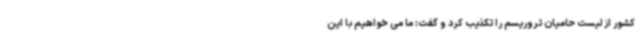
کشور از لیست حامیان تروریسم را تکذیب کرد و گفت: ما می خواهیم با این